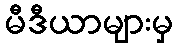
မီဒီယာများမှ